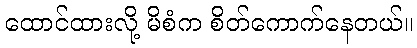
ထောင်ထားလို့ မိစံက စိတ်ကောက်နေတယ်။